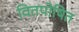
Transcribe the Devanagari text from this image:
वितपोषित